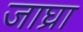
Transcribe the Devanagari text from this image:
जाघ्रा